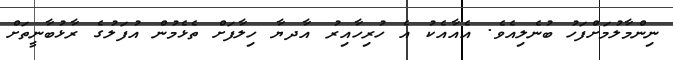
ނިންމާލުމަށްފަހު ބުނެލިއެވެ. އެއާއެކު އެ ހުރިހާއިރު އާދޔާ ހިލާފަށް ތެޅެމުން އުފަލުގެ ރާޅުބާނީތަށް